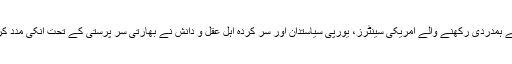
بلوچستان سے ہمدردی رکھنے والے امریکی سینٹرز، یورپی سیاستدان اور سر کردہ اہل عقل و دانش نے بھارتی سر پرستی کے تحت انکی مدد کرنا قبول کی۔